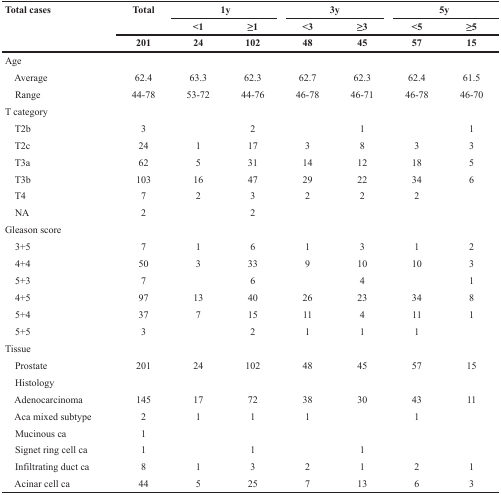
<table><thead><tr><td rowspan="3"><b>Total cases</b></td><td><b>Total</b></td><td colspan="2"><b>1y</b></td><td colspan="2"><b>3y</b></td><td colspan="2"><b>5y</b></td></tr><tr><td></td><td><b>&lt;1</b></td><td><b>≥1</b></td><td><b>&lt;3</b></td><td><b>≥3</b></td><td><b>&lt;5</b></td><td><b>≥5</b></td></tr><tr><td><b>201</b></td><td><b>24</b></td><td><b>102</b></td><td><b>48</b></td><td><b>45</b></td><td><b>57</b></td><td><b>15</b></td></tr></thead><tbody><tr><td>Age</td><td></td><td></td><td></td><td></td><td></td><td></td><td></td></tr><tr><td> Average</td><td>62.4</td><td>63.3</td><td>62.3</td><td>62.7</td><td>62.3</td><td>62.4</td><td>61.5</td></tr><tr><td> Range</td><td>44-78</td><td>53-72</td><td>44-76</td><td>46-78</td><td>46-71</td><td>46-78</td><td>46-70</td></tr><tr><td>T category</td><td></td><td></td><td></td><td></td><td></td><td></td><td></td></tr><tr><td> T2b</td><td>3</td><td></td><td>2</td><td></td><td>1</td><td></td><td>1</td></tr><tr><td> T2c</td><td>24</td><td>1</td><td>17</td><td>3</td><td>8</td><td>3</td><td>3</td></tr><tr><td> T3a</td><td>62</td><td>5</td><td>31</td><td>14</td><td>12</td><td>18</td><td>5</td></tr><tr><td> T3b</td><td>103</td><td>16</td><td>47</td><td>29</td><td>22</td><td>34</td><td>6</td></tr><tr><td> T4</td><td>7</td><td>2</td><td>3</td><td>2</td><td>2</td><td>2</td><td></td></tr><tr><td> NA</td><td>2</td><td></td><td>2</td><td></td><td></td><td></td><td></td></tr><tr><td>Gleason score</td><td></td><td></td><td></td><td></td><td></td><td></td><td></td></tr><tr><td> 3+5</td><td>7</td><td>1</td><td>6</td><td>1</td><td>3</td><td>1</td><td>2</td></tr><tr><td> 4+4</td><td>50</td><td>3</td><td>33</td><td>9</td><td>10</td><td>10</td><td>3</td></tr><tr><td> 5+3</td><td>7</td><td></td><td>6</td><td></td><td>4</td><td></td><td>1</td></tr><tr><td> 4+5</td><td>97</td><td>13</td><td>40</td><td>26</td><td>23</td><td>34</td><td>8</td></tr><tr><td> 5+4</td><td>37</td><td>7</td><td>15</td><td>11</td><td>4</td><td>11</td><td>1</td></tr><tr><td> 5+5</td><td>3</td><td></td><td>2</td><td>1</td><td>1</td><td>1</td><td></td></tr><tr><td>Tissue</td><td></td><td></td><td></td><td></td><td></td><td></td><td></td></tr><tr><td> Prostate</td><td>201</td><td>24</td><td>102</td><td>48</td><td>45</td><td>57</td><td>15</td></tr><tr><td> Histology</td><td></td><td></td><td></td><td></td><td></td><td></td><td></td></tr><tr><td> Adenocarcinoma</td><td>145</td><td>17</td><td>72</td><td>38</td><td>30</td><td>43</td><td>11</td></tr><tr><td> Aca mixed subtype</td><td>2</td><td>1</td><td>1</td><td>1</td><td></td><td>1</td><td></td></tr><tr><td> Mucinous ca</td><td>1</td><td></td><td></td><td></td><td></td><td></td><td></td></tr><tr><td> Signet ring cell ca</td><td>1</td><td></td><td>1</td><td></td><td>1</td><td></td><td></td></tr><tr><td> Infiltrating duct ca</td><td>8</td><td>1</td><td>3</td><td>2</td><td>1</td><td>2</td><td>1</td></tr><tr><td> Acinar cell ca</td><td>44</td><td>5</td><td>25</td><td>7</td><td>13</td><td>6</td><td>3</td></tr></tbody></table>